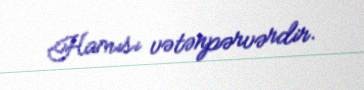
Hamısı vətənpərvərdir.